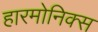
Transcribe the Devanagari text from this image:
हारमोनिक्स